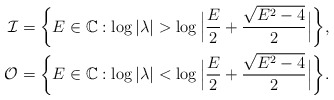
\begin{align*}\mathcal{I}&=\bigg\{E\in \mathbb{C}: \log|\lambda| > \log \Big|\frac{E}{2}+\frac{\sqrt{E^{2}-4}}{2}\Big| \bigg\},\\\mathcal{O}&=\bigg\{E\in \mathbb{C}: \log|\lambda| < \log \Big|\frac{E}{2}+\frac{\sqrt{E^{2}-4}}{2}\Big| \bigg\}.\end{align*}